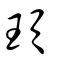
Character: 頊